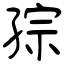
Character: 孮